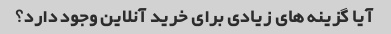
آیا گزینه های زیادی برای خرید آنلاین وجود دارد؟